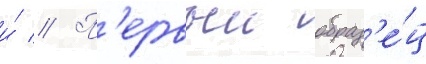
и́ // П'ервыи образ'е́ц